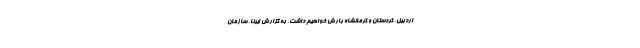
اردبیل، کردستان و کرمانشاه بارش خواهیم داشت. به گزارش ایرنا، سازمان